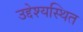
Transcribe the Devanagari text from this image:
उद्देश्यस्थित